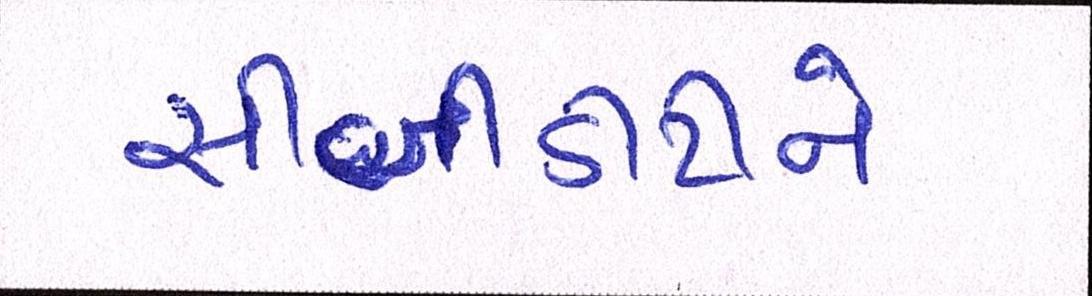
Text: સીબીડીટીને